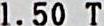
1.50 T